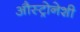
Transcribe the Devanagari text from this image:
औस्ट्रोनेशी